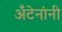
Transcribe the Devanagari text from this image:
अँटेनांनी